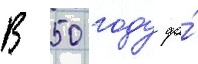
В 50 году до́